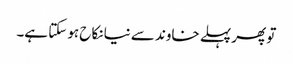
تو پھر پہلے خاوند سے نیا نکاح ہو سکتا ہے۔